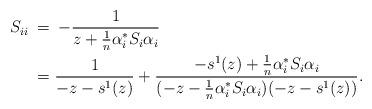
LaTeX: \begin{align*} S_{ii} \: &= \: - \frac{1}{z + \frac{1}{n} \alpha_i^* S_i \alpha_i} \\ &= \frac{1}{-z - s^1(z)} + \frac{- s^1(z) + \frac{1}{n} \alpha_i^* S_i \alpha_i}{(-z - \frac{1}{n} \alpha_i^* S_i \alpha_i)(-z-s^1(z))}. \end{align*}